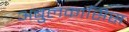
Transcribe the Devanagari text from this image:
अबुलकासिस